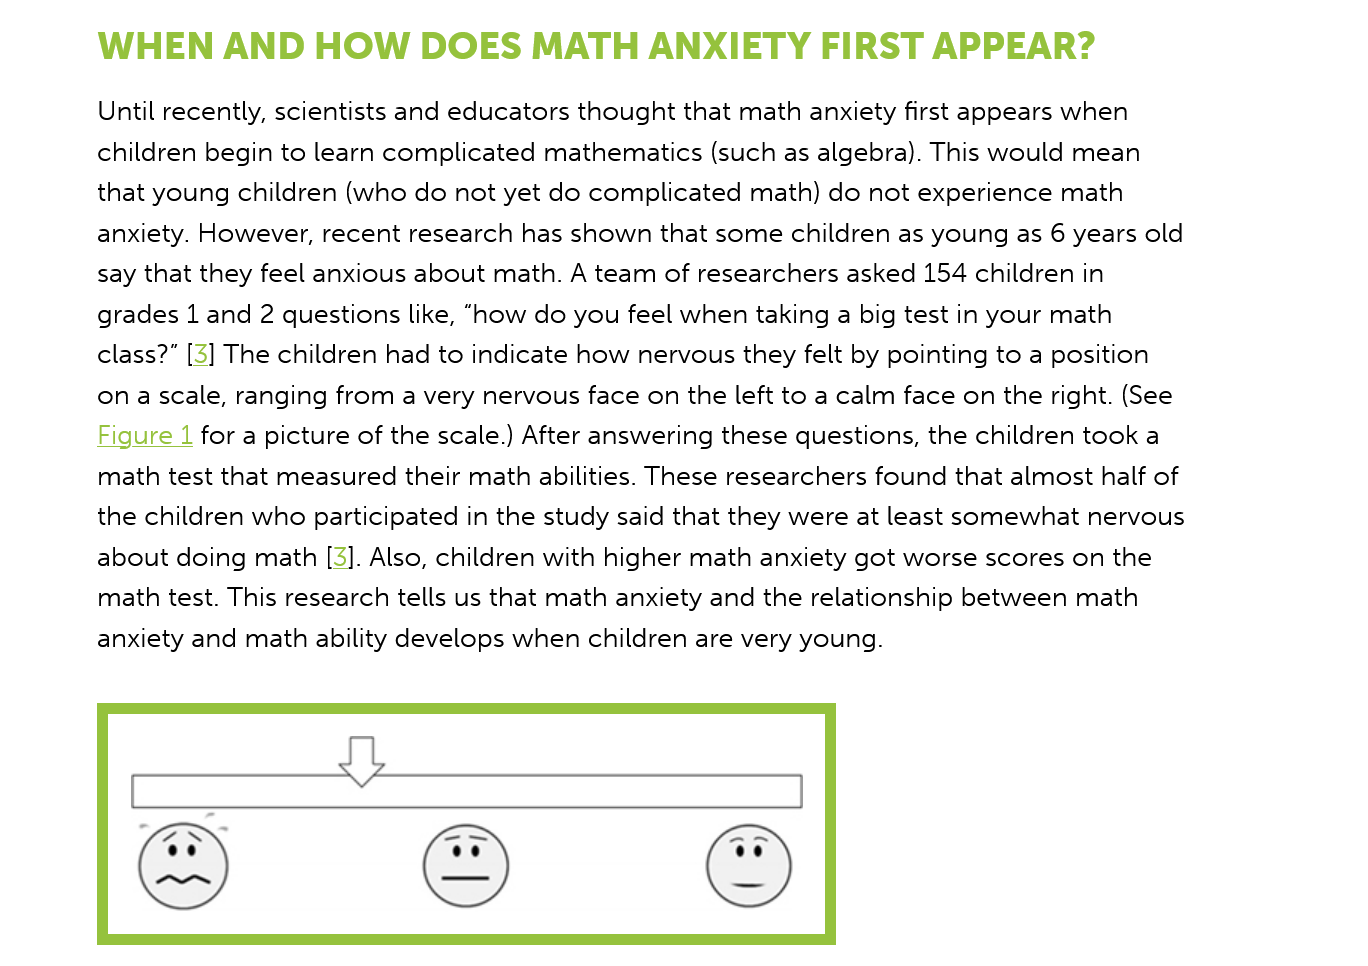
WHEN    AND    HOW    DOES    MATH    ANXIETY   FIRST    APPEAR?
     Until recently, scientists and educators thought that math anxiety first appears when
     children begin to learn complicated mathematics (such as algebra). This would mean
     that young children (who do not yet do complicated math) do not experience math
     anxiety. However, recent research has shown that some children as young as 6 years old
     say that they feel anxious about math. A team of researchers asked 154 children in
     grades 1 and 2 questions like, “how do you feel when taking a big test in your math
     class?” [3] The children had to indicate how nervous they felt by pointing to a position
     ona scale, ranging from a very nervous face on the left to a calm face on the right. (See
     Figure
     1
     for a picture of the scale.) After answering these questions, the children took a
     math test that measured their math abilities. These researchers found that almost half of
     the children who participated in the study said that they were at least somewhat nervous
     about doing math [3]. Also, children with higher math anxiety got worse scores on the
     math test. This research tells us that math anxiety and the relationship between math
     anxiety and math ability develops when children are very young.